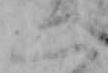
二